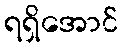
ရရှိအောင်